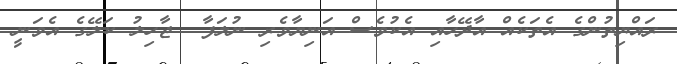
ރައްޔިތުންގެ އެތަކެއް އާދޭހާއި އެކުވެސް އަނިޔާވެރި ނުލަފާ  ޖާހިލު ކަލޭގެ އެވަނީ